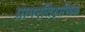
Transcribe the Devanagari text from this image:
प्रागएतिहासिक